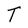
Character: T